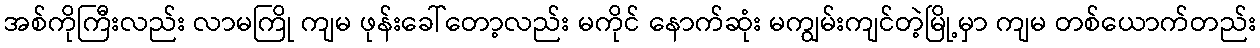
အစ်ကိုကြီးလည်း လာမကြို ကျမ ဖုန်းခေါ်တော့လည်း မကိုင် နောက်ဆုံး မကျွမ်းကျင်တဲ့မြို့မှာ ကျမ တစ်ယောက်တည်း